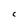
Character: C